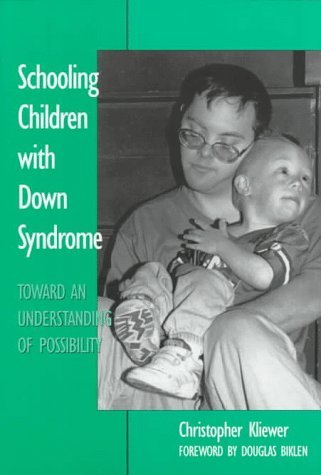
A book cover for Schooling Children With Down Syndrome: Toward An Understanding of Possibility: 1st (First) Edition; Douglas Biklen (Foreword by) Christopher Kliewer; Health, Fitness & Dieting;